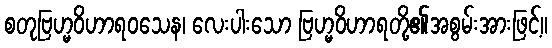
စတုဗြဟ္မဝိဟာရဝသေန၊ လေးပါးသော ဗြဟ္မဝိဟာရတို့၏အစွမ်းအားဖြင့်။